Lunatic asylums United Provinces 1909-1921 - 1909-1921
Year: 1909
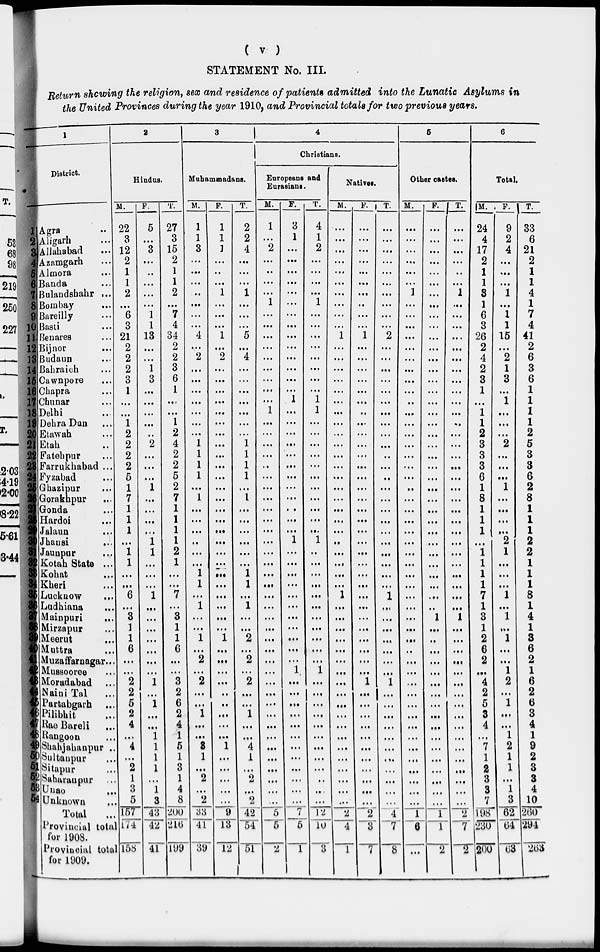
( v )
STATEMENT No. III.
Return showing the religion, sex and residence of patients admitted into the Lunatic Asylums in
the United Provinces during the year 1910, and Provincial totals for two previous years.
1
District.
1
2
3
4
5
6
7
8
9
10
11
12
13
14
15
16
17
18
19
20
21
22
23
24
25
26
27
28
29
30
31
32
33
34
35
36
37
38
39
40
41
42
43
44
45
46
47
48
49
50
51
52
53
54
Agra ...
Aligarh ...
Allahabad ...
Azamgarh ...
Almora ...
Banda ...
Bulandshahr ...
Bombay ...
Bareilly ...
Basti ...
Benares ...
Bijnor ...
Budaun ...
Bahraich ...
Cawnpore ...
Chapra ...
Chunar ...
Delhi ...
DehraDun ...
Etawah ...
Etah ...
Fatehpur ...
Farrukhabad ...
Fyzabad ...
Ghazipur ...
Gorakhpur ...
Gonda ...
Hardoi ...
Jalaun ...
Jhansi ...
Jaunpur ...
Kotah State ...
Kohat ...
Kheri ...
Lucknow ...
Ludhiana ...
Mainpuri ...
Mirzapur ...
Meerut ...
Muttra ...
Muzaffarnagar ...
Mussooree ...
Moradabad
...
Naini Tal
...
Partabgarh
...
Pilibhit ...
Rae Bareli ...
Rangoon ...
Shahjahanpur ...
Sultanpur ...
Sitapur ...
Saharanpur ...
Unao ...
Unknown ...
Total ...
Provincial total
for 1908.
Provincial total
for 1909.
2
Hindus.
M.
22
3
12
2
1
1
2
...
6
3
21
2
2
2
3
1
...
...
1
2
2
2
2
6
1
7
1
1
1
...
1
1
...
...
6
...
3
1
1
6
...
...
2
2
5
2
4
...
4
...
2
1
3
5
157
174
158
F.
5
...
3
...
...
...
...
...
1
1
13
...
...
1
3
...
...
...
...
...
2
...
...
...
1
...
...
...
...
1
1
...
...
...
1
...
...
...
...
...
...
...
1
...
1
...
...
1
1
1
1
...
1
3
43
42
41
T.
27
3
15
2
1
1
2
...
7
4
34
2
2
3
6
1
...
...
1
2
4
2
2
5
2
7
1
1
1
1
2
1
...
...
7
...
3
1
1
6
...
...
3
2
6
2
4
1
5
1
3
1
4
8
200
210
199
3
Muhammadans.
M.
1
1
3
...
...
...
...
...
...
...
4
...
2
...
...
...
...
...
...
...
1
1
1
1
...
1
...
...
...
...
...
...
1
1
...
1
...
...
1
...
2
...
2
...
...
1
...
...
3
1
...
2
...
2
33
41
39
F.
1
1
1
...
..
...
1
...
...
...
1
...
2
...
...
...
...
...
...
...
...
...
...
...
...
...
...
...
...
...
...
...
...
...
...
...
...
...
1
...
...
...
...
...
...
...
...
...
1
...
...
...
...
...
9
13
12
T.
2
2
4
...
...
...
1
...
...
...
5
...
4
...
...
...
...
...
...
...
1
1
1
1
...
1
...
...
...
...
...
...
1
1
...
1
...
...
2
...
2
...
2
...
...
1
...
...
4
1
...
2
...
2
42
54
51
4
Christians.
Europeans and
Eurasians.
M.
1
...
2
...
..
...
...
1
...
...
...
...
...
...
...
...
...
1
...
...
...
...
...
...
...
...
...
...
...
...
...
...
...
...
...
...
...
...
...
...
...
...
...
...
...
...
...
...
...
...
...
...
...
...
5
5
2
F.
3
1
...
...
...
...
...
...
...
...
...
...
...
...
...
...
1
...
...
...
...
...
...
...
...
...
...
...
...
1
...
...
...
...
...
...
...
...
...
...
...
1
...
...
...
...
...
...
...
...
...
...
...
...
7
5
1
T.
4
1
2
...
...
...
...
1
...
...
...
...
...
...
...
...
1
1
...
...
...
...
...
...
...
...
...
...
...
1
...
...
...
...
...
...
...
...
...
...
...
1
...
...
...
...
...
...
...
...
...
..
...
...
12
10
3
Natives.
M.
...
...
...
...
...
...
...
...
...
...
1
...
...
...
...
...
...
...
...
...
...
...
...
...
...
...
...
...
...
...
...
...
...
...
1
...
...
...
...
...
...
...
...
...
...
...
...
...
...
...
...
...
...
...
2
4
1
F.
...
...
...
...
...
...
...
...
...
...
1
...
...
...
...
...
...
...
...
...
...
...
...
...
...
...
...
...
...
...
...
...
...
...
...
...
...
...
...
...
...
...
1
...
...
...
...
...
...
...
...
...
...
...
2
3
7
T.
...
...
...
...
...
...
...
...
...
...
2
...
...
...
...
...
...
...
...
...
...
..
...
...
...
...
...
...
...
...
...
...
...
...
1
...
...
...
...
...
...
...
1
...
...
...
...
...
...
...
...
...
...
...
4
7
8
5
Other castes.
M.
...
...
...
...
...
...
1
...
...
...
...
...
...
...
...
...
...
...
...
...
...
...
...
...
...
...
...
...
...
...
...
...
...
...
...
...
...
...
...
...
...
...
...
...
...
...
...
...
...
...
...
...
...
...
1
6
...
F.
...
...
...
...
...
...
...
...
...
...
...
...
...
...
...
...
...
...
...
...
...
...
...
...
...
...
...
...
...
...
...
...
...
...
...
...
1
...
...
...
...
...
...
...
...
...
...
...
...
...
...
...
...
...
1
1
2
T.
...
...
...
...
...
...
1
...
...
...
...
...
...
...
...
...
...
...
...
...
...
...
...
...
...
...
...
...
...
...
...
...
...
...
...
...
1
...
...
...
...
...
...
...
...
...
...
...
...
...
...
...
...
...
2
7
2
6
Total.
M.
24
4
17
2
1
1
3
1
6
3
26
2
4
2
3
1
...
1
1
2
3
3
3
6
1
8
1
1
1
...
1
1
1
1
7
1
3
1
2
6
2
...
4
2
5
3
4
...
7
1
2
3
3
7
198
230
200
F.
9
2
4
...
...
...
1
...
1
1
15
...
2
1
3
...
1
...
...
...
2
...
...
...
1
...
...
...
...
2
1
...
...
...
1
...
1
...
1
...
...
1
2
...
1
...
...
1
2
1
1
...
1
3
62
64
63
T.
33
6
21
2
1
1
4
1
7
4
41
2
6
3
6
1
1
1
1
2
5
3
3
6
2
8
1
1
1
2
2
1
1
1
8
1
4
1
3
6
2
1
6
2
6
3
4
1
9
2
3
3
4
10
260
294
263